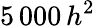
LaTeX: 5\, 000\, h^{2}